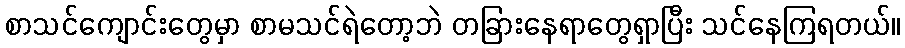
စာသင်ကျောင်းတွေမှာ စာမသင်ရဲတော့ဘဲ တခြားနေရာတွေရှာပြီး သင်နေကြရတယ်။